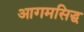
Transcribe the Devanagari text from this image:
आगमसिद्ध